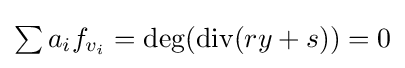
{\textstyle \sum a_{i}f_{v_{i}}=\deg({\text{div}}(ry+s))=0}